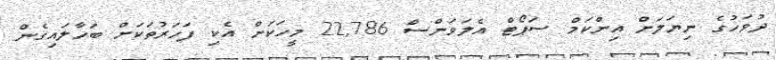
ދުވަހުގެ ނިޔަލަށް އިންކަމް ސަޕޯޓް އެލަވަންސް 22